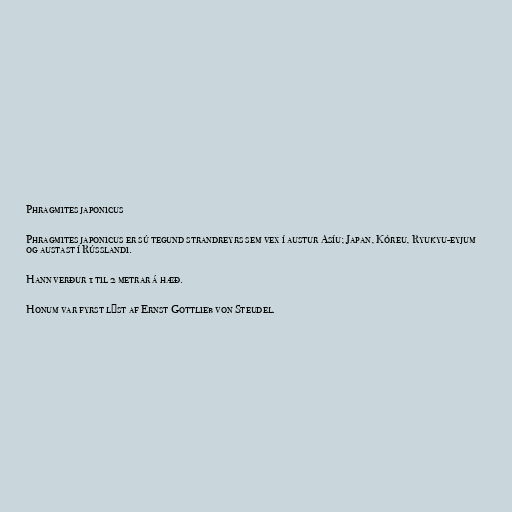
Phragmites japonicus

Phragmites japonicus er sú tegund strandreyrs sem vex í austur Asíu; Japan, Kóreu, Ryukyu-eyjum
og austast í Rússlandi.

Hann verður 1 til 2 metrar á hæð.

Honum var fyrst lýst af Ernst Gottlieb von Steudel.